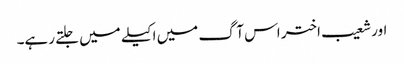
اور شعیب اختر اس آگ میں اکیلے میں جلتے رہے۔